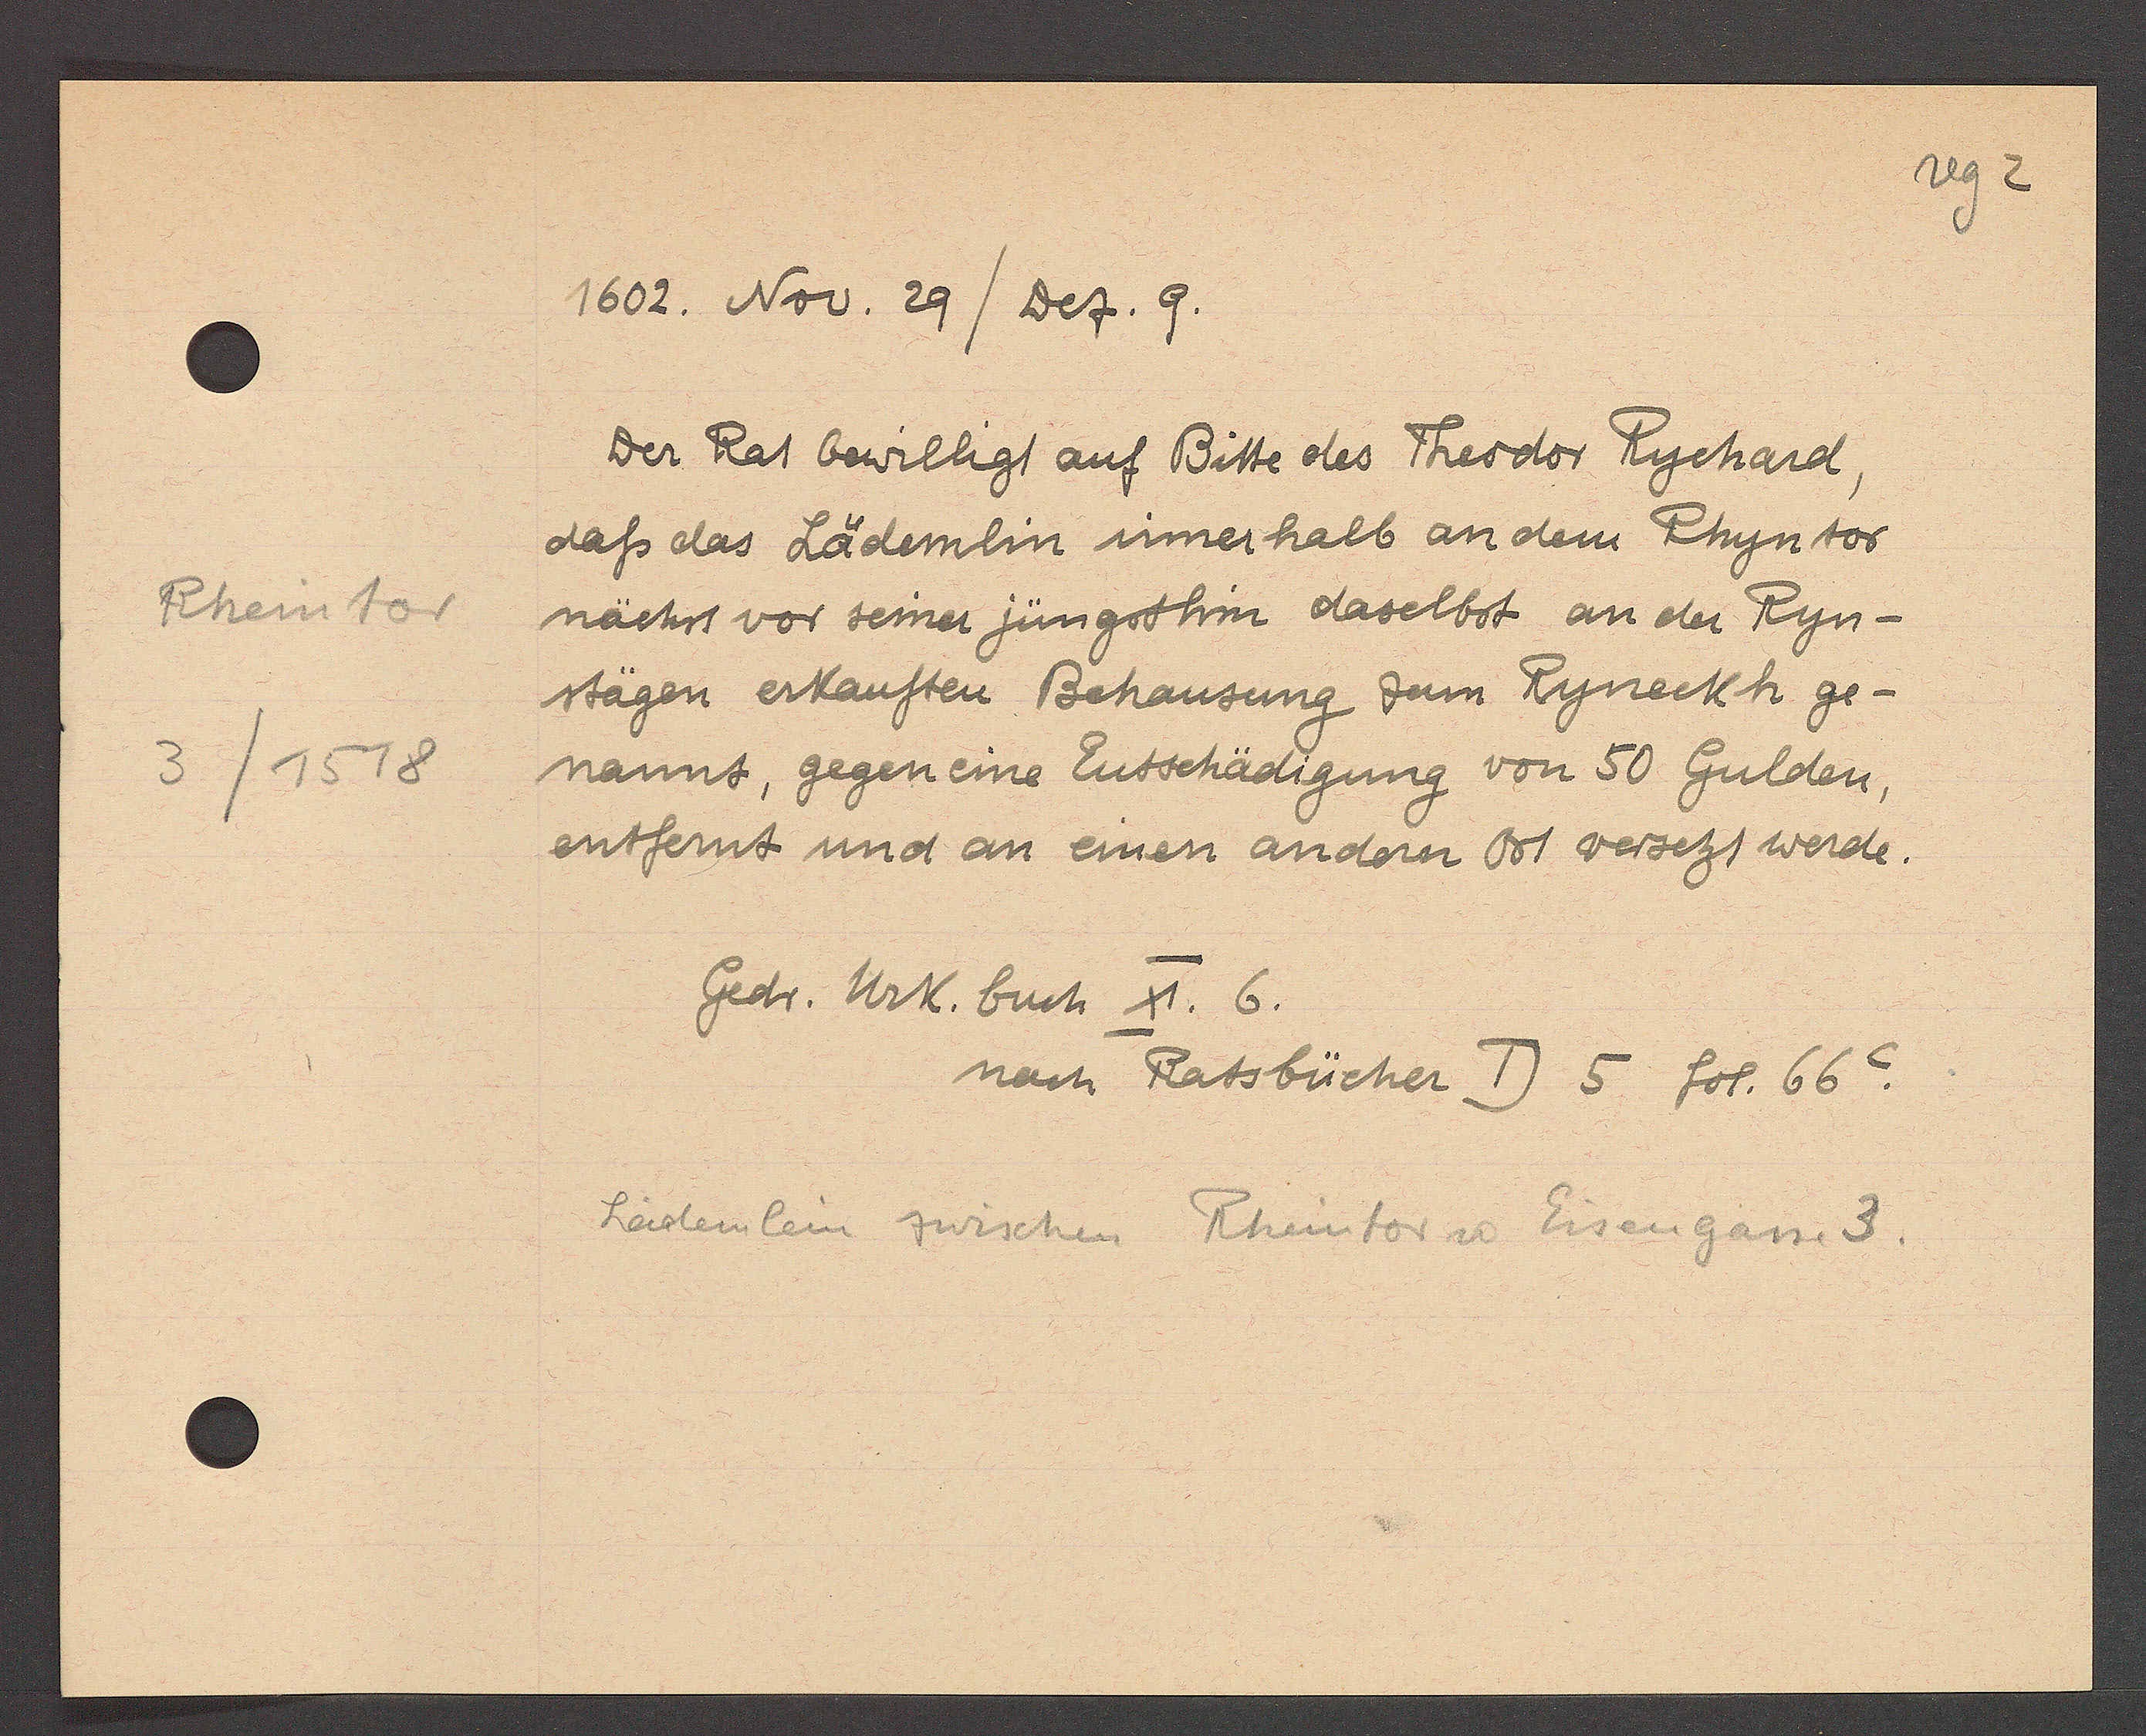
Transcript:
Rheintor
3/1518

1602. Nov. 29 / Dez. 9.

Der Rat bewilligt auf Bitte des Theodor Rychard,
dass das Lädemlin simer halb an dem Rhyntor
nächst vor seiner jüngsthin daselbst an der Ryn-
stägen erkauften Behausung zum Ryneckh ge-
nannt, gegen eine Entschädigung von 50 Gulden,
entfernt und an einen andern Ort versetzt werde.

Gedr. Urk. buch XI. 6.
nach Ratsbücher D 5 fol. 66C.

Lädemlein zwischen Rheintor u Eisengasse 3.